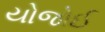
યોજોઈ